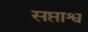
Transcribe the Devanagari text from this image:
सप्ताश्व